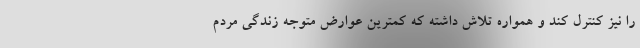
را نیز کنترل کند و همواره تلاش داشته که کمترین عوارض متوجه زندگی مردم